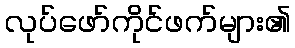
လုပ်ဖော်ကိုင်ဖက်များ၏